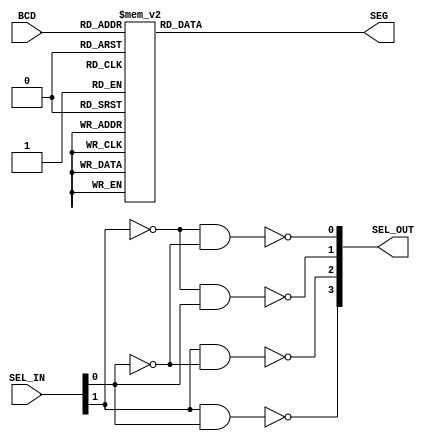
`timescale 1ns / 1ps
//////////////////////////////////////////////////////////////////////////////////
// Company: 
// Engineer: 
// 
// Design Name: 
// Module Name:    BCD_SEG 
// Project Name: 
// Target Devices: 
// Tool versions: 
// Description: 
//
// Dependencies: 
//
// Revision: 
// Revision 0.01 - File Created
// Additional Comments: 
//
//////////////////////////////////////////////////////////////////////////////////
module BCD_SEG(BCD,SEL_IN,SEG,SEL_OUT);
	input [3:0] BCD;
	input [1:0] SEL_IN;
	output [7:0] SEG;
	output [3:0] SEL_OUT;
	reg [7:0] SEG;
	always @(BCD)
		begin
			case(BCD)
			4'd0:SEG=8'b00000011; //display 0
			4'd1:SEG=8'b10011111;
			4'd2:SEG=8'b00100101;
			4'd3:SEG=8'b00001101;
			4'd4:SEG=8'b10011001;
			4'd5:SEG=8'b01001001;
			4'd6:SEG=8'b01000001;
			4'd7:SEG=8'b00011111;
			4'd8:SEG=8'b00000001;
			4'd9:SEG=8'b00011001;
			4'b1010:SEG=8'b00010001;
			4'b1011:SEG=8'b11000001;
			4'b1100:SEG=8'b01100011;
			4'b1101:SEG=8'b10000101;
			4'b1110:SEG=8'b01100001;
			4'b1111:SEG=8'b01110001;
			default:SEG=8'b11111111;
			endcase
		end
	assign SEL_OUT[0]=~((~SEL_IN[1])&&(~SEL_IN[0]));//SEL_IN signal is 0output is 1110
	assign SEL_OUT[1]=~((~SEL_IN[1])&&(SEL_IN[0]));
	assign SEL_OUT[2]=~((SEL_IN[1])&&(~SEL_IN[0]));
	assign SEL_OUT[3]=~((SEL_IN[1])&&(SEL_IN[0]));
endmodule